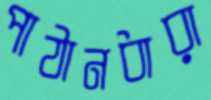
পাঠানধারা